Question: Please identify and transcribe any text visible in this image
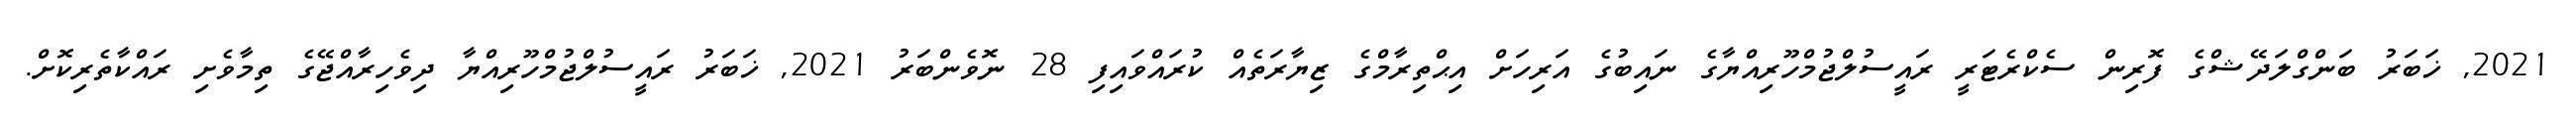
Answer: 2021, ޚަބަރު ބަންގްލަދޭޝްގެ ފޮރިން ސެކްރެޓަރީ ރައީސުލްޖުމްހޫރިއްޔާގެ ނައިބުގެ އަރިހަށް އިޙްތިރާމްގެ ޒިޔާރަތެއް ކުރައްވައިފި 28 ނޮވެންބަރު 2021, ޚަބަރު ރައީސުލްޖުމްހޫރިއްޔާ ދިވެހިރާއްޖޭގެ ތިމާވެށި ރައްކާތެރިކޮށް.